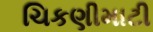
ચિકણીમાટી